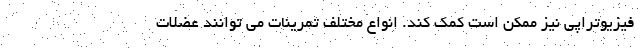
فیزیوتراپی نیز ممکن است کمک کند. انواع مختلف تمرینات می توانند عضلات